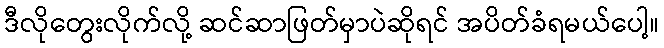
ဒီလိုတွေးလိုက်လို့ ဆင်ဆာဖြတ်မှာပဲဆိုရင် အပိတ်ခံရမယ်ပေါ့။